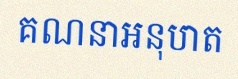
គណនាអនុបាត